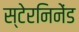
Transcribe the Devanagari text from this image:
स्टेरनिनेंड